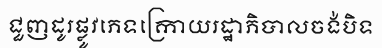
ជួញដូរផ្លូវភេទក្រោយរដ្ឋាភិបាលចង់បិទ